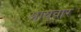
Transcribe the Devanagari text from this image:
आयवार